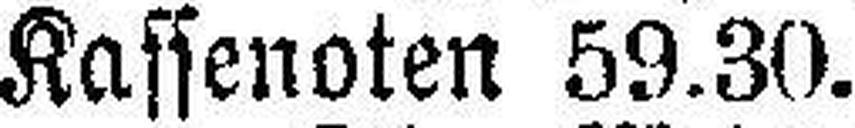
Kassenoten 59.30.